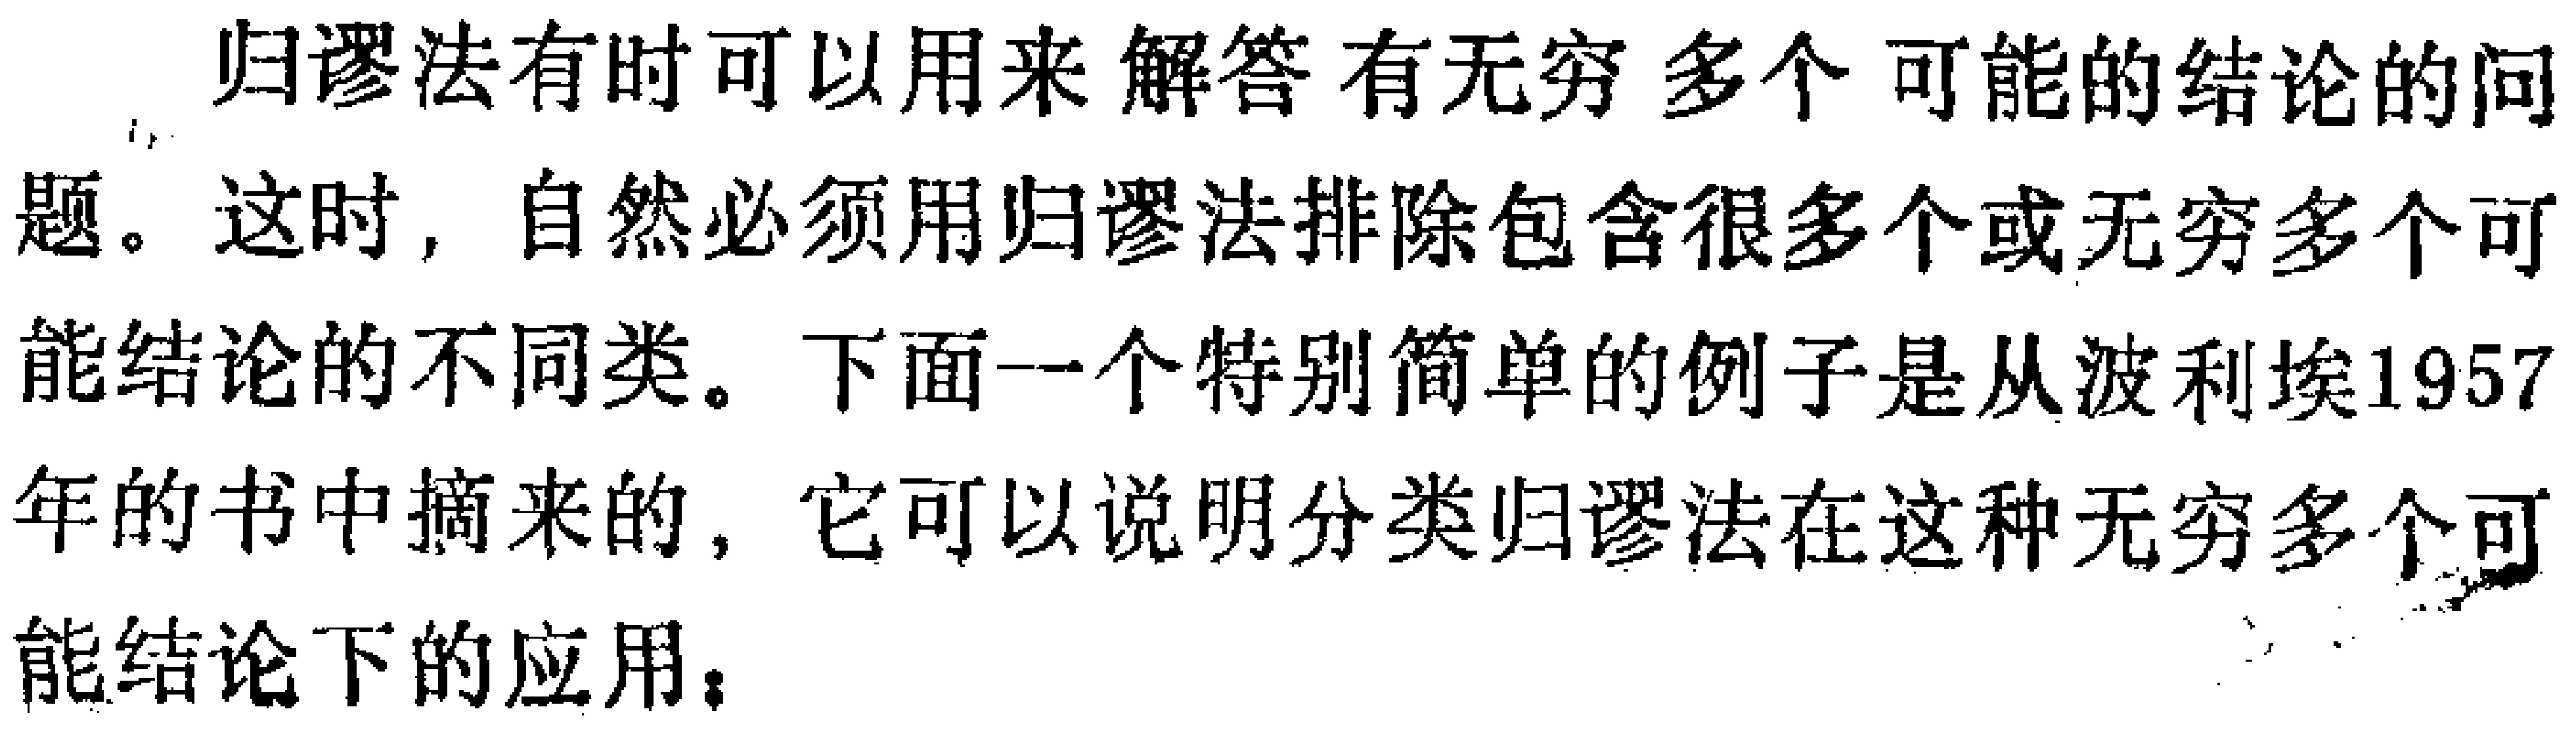
归谬法有时可以用来解答有无穷多个可能的结论的问题。这时，自然必须用归谬法排除包含很多个或无穷多个可能结论的不同类。下面一个特别简单的例子是从波利埃1957年的书中摘来的，它可以说明分类归谬法在这种无穷多个可能结论下的应用。